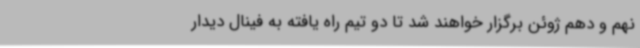
نهم و دهم ژوئن برگزار خواهند شد تا دو تیم راه یافته به فینال دیدار